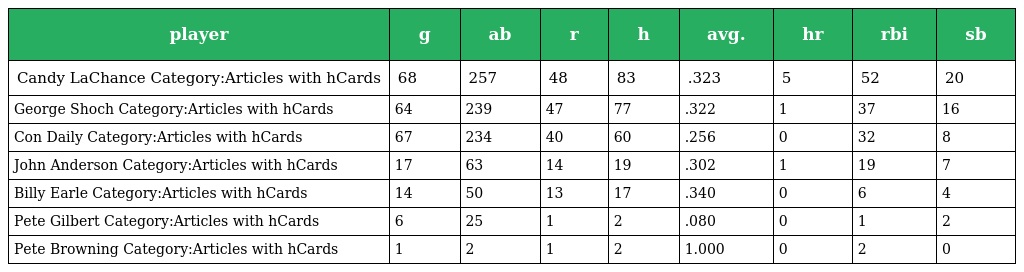
| player | g | ab | r | h | avg. | hr | rbi | sb |
 | --- | --- | --- | --- | --- | --- | --- | --- | --- |
 | Candy LaChance Category:Articles with hCards | 68 | 257 | 48 | 83 | .323 | 5 | 52 | 20 |
 | George Shoch Category:Articles with hCards | 64 | 239 | 47 | 77 | .322 | 1 | 37 | 16 |
 | Con Daily Category:Articles with hCards | 67 | 234 | 40 | 60 | .256 | 0 | 32 | 8 |
 | John Anderson Category:Articles with hCards | 17 | 63 | 14 | 19 | .302 | 1 | 19 | 7 |
 | Billy Earle Category:Articles with hCards | 14 | 50 | 13 | 17 | .340 | 0 | 6 | 4 |
 | Pete Gilbert Category:Articles with hCards | 6 | 25 | 1 | 2 | .080 | 0 | 1 | 2 |
 | Pete Browning Category:Articles with hCards | 1 | 2 | 1 | 2 | 1.000 | 0 | 2 | 0 |